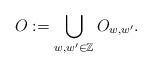
LaTeX: \begin{align*}O:=\bigcup_{w,w'\in\mathbb{Z}}O_{w, w'}.\end{align*}